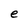
Character: e